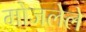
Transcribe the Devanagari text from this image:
मोजलेले